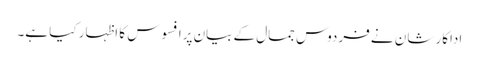
اداکار شان نے فردوس جمال کے بیان پرافسوس کا اظہار کیا ہے۔